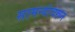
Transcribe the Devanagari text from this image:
सामन्यांवरून